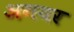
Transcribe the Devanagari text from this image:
अगयर